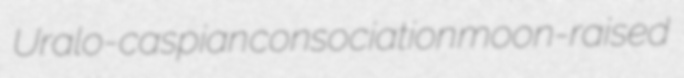
Uralo-caspian consociation moon-raised